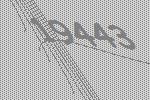
19443